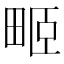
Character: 𤱻